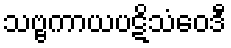
သဗ္ဗကာယပဋိသံဝေဒီ